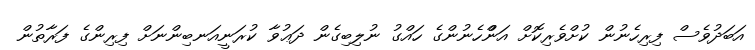
އަބަދުވެސް ފިރިހެނުން ކުށްވެރިކޮށް އަންްހެނުންގެ ހައްގު ނުލިބިގެން ދަޢުވާ ކުރަނީއަނބިންނަށް ފިރިންގެ ފަރާތުން